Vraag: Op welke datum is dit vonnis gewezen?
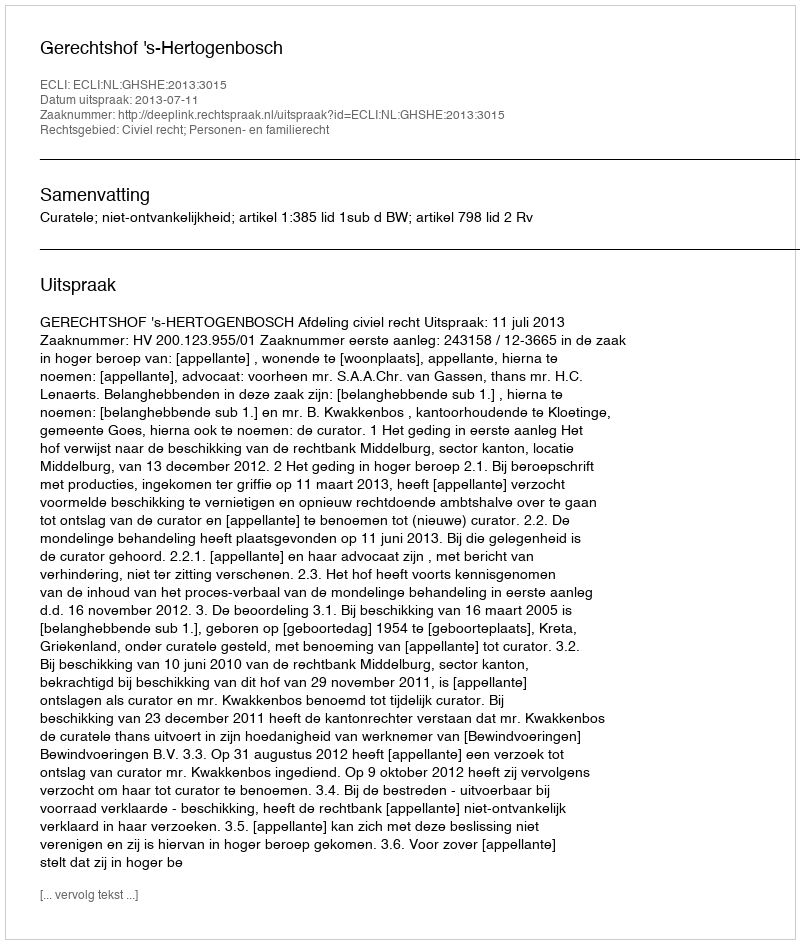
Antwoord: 2013-07-11